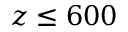
z \le 6 0 0